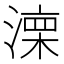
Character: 𣼆